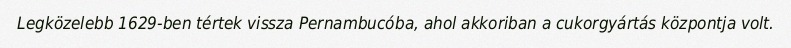
Legközelebb 1629-ben tértek vissza Pernambucóba, ahol akkoriban a cukorgyártás központja volt.